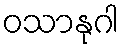
ဝသာနုဂါ